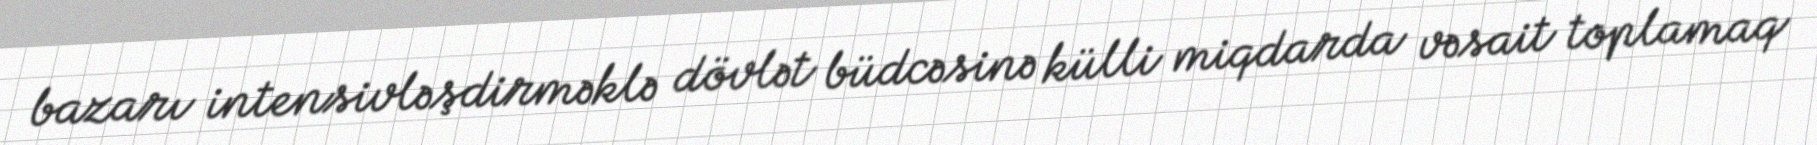
bazarı intensivləşdirməklə dövlət büdcəsinə külli miqdarda vəsait toplamaq